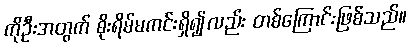
ကိုဦးအတွက် စိုးရိမ်မကင်းရှိ၍လည်း တစ်ကြောင်းဖြစ်သည်။